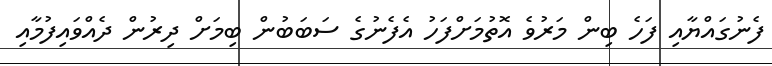
ފެނުގައްޔާއި ފަހެ ބިން މަރުވެ އޮތުމަށްފަހު އެފެނުގެ ސަބަބުން ބިމަށް ދިރުން ދެއްވައިފުމާއި